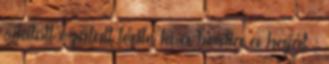
sikított ezalatt tépte ki a bestia a haját ;